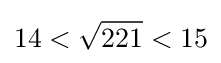
14<{\sqrt {221}}<15